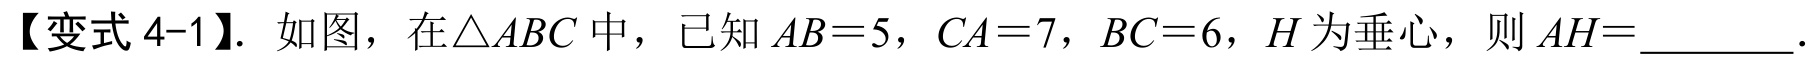
【变式 4-1】. 如图，在\(\triangle ABC\)中，已知\(AB = 5\)，\(CA = 7\)，\(BC = 6\)，\(H\)为垂心，则\(AH=\)  ．